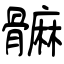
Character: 髍